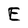
Character: E